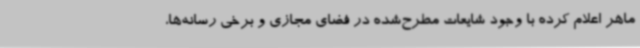
ماهر اعلام کرده با وجود شایعات مطرح‌شده در فضای مجازی و برخی رسانه‌ها،